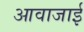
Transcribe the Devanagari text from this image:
आवाजाई